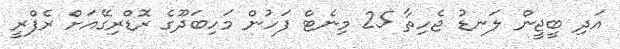
އަދި ބީޖީން ލަނޑު ޖެހިތާ 25 މިނެޓް ފަހުން މަހިބަދޫގެ ރޮޑްރިގޭއަށް ރެފްރީ